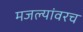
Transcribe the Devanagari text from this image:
मजल्यांवरच